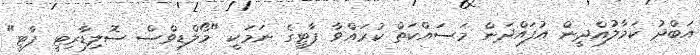
އަބްދު ކަމާލުއްދީން އުފައްދަން މަސައްކަތް ކުރައްވާ ޕާޓީގެ ނަމަކީ "މޯލްޑިވްސް ސޮލިޑާރިޓީ ޕާޓީ"